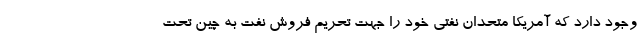
وجود دارد که آمریکا متحدان نفتی خود را جهت تحریم فروش نفت به چین تحت